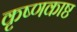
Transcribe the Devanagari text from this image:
कृष्णकाष्ठ